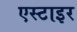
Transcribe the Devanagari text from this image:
एस्टाइर